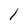
Character: l